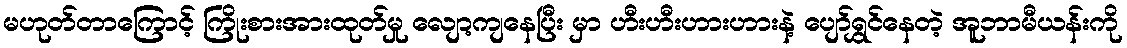
မဟုတ်တာကြောင့် ကြိုးစားအားထုတ်မှု လျော့ကျနေပြီး မှာ ဟီးဟီးဟားဟားနဲ့ ပျော်ရွှင်နေတဲ့ အူဘာမီယန်းကို